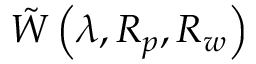
\tilde { W } \left( \lambda , R _ { p } , R _ { w } \right)